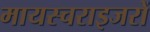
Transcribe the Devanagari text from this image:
मायस्चराइजरों